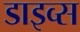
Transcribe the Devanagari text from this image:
डाइव्स